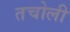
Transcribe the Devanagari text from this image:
तचोली